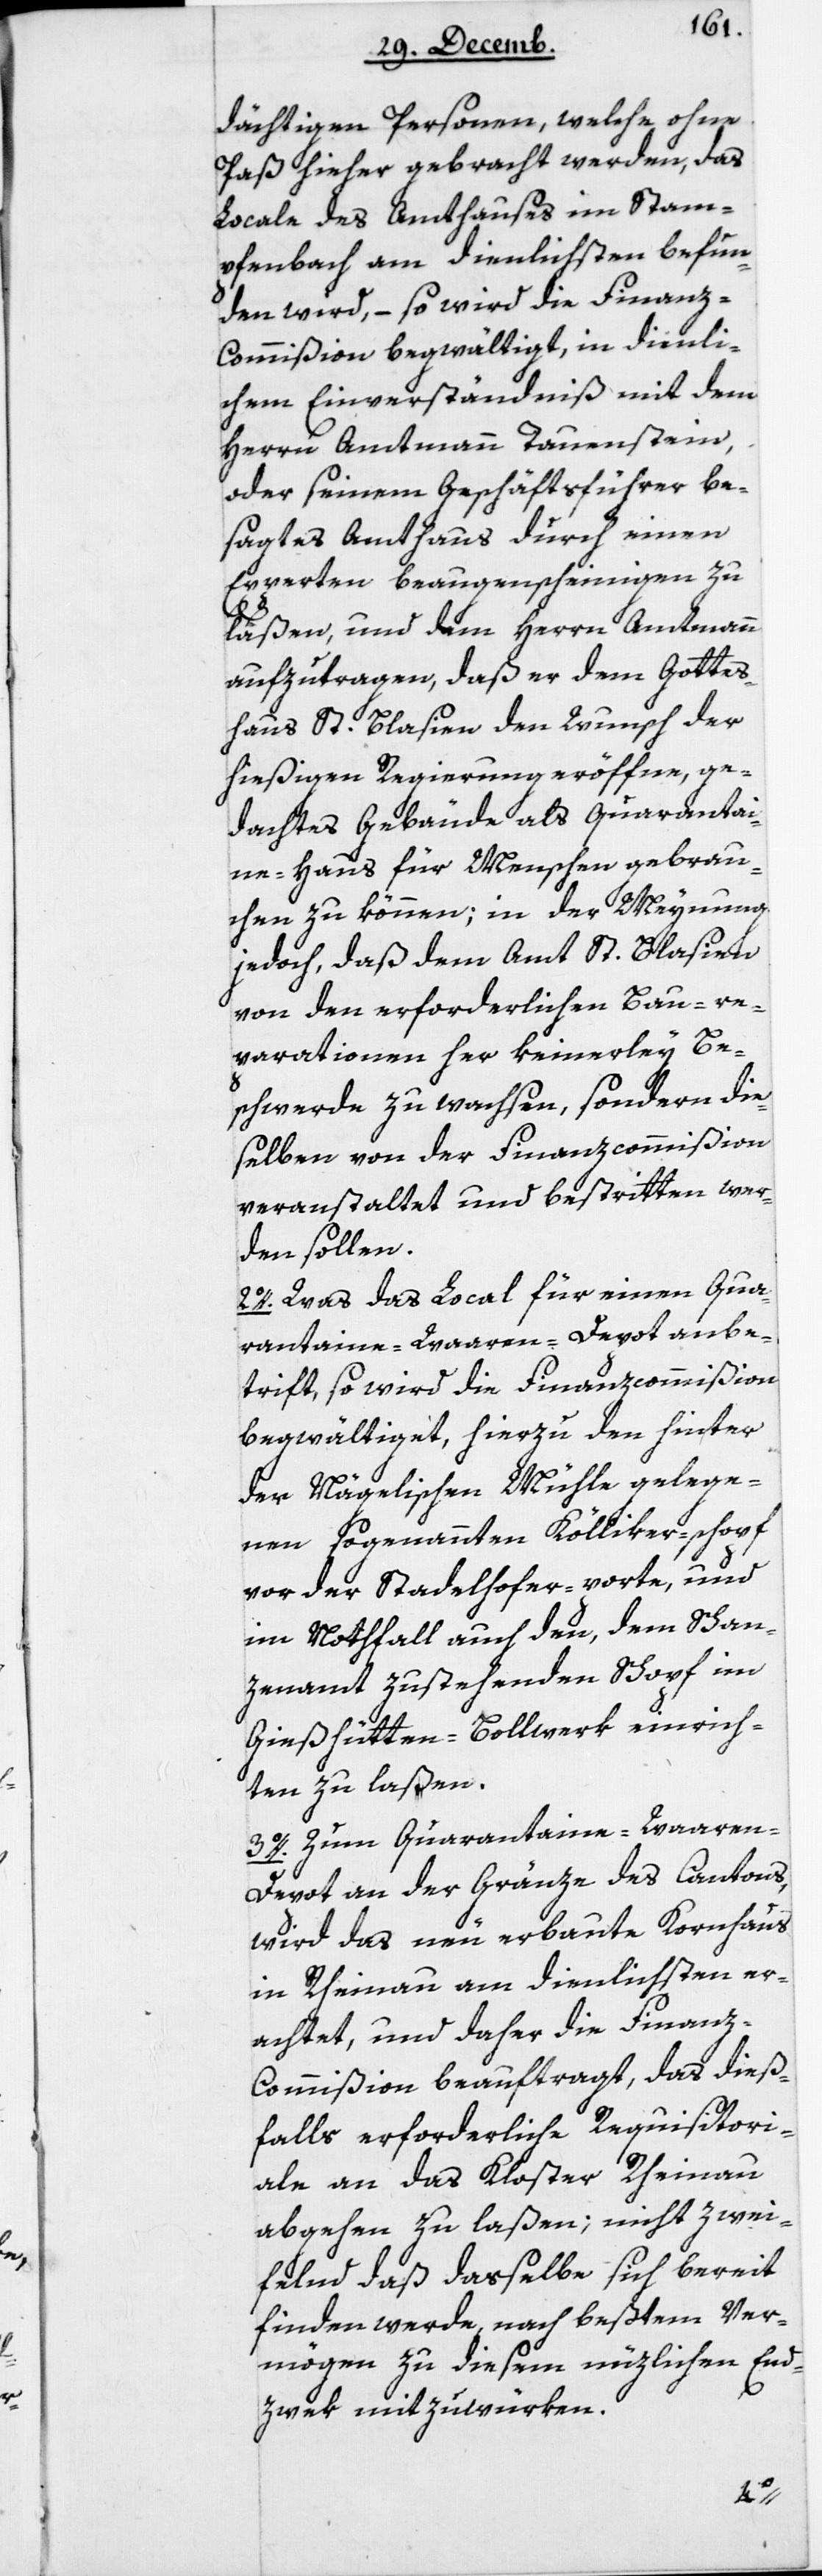
dächtigen Personen, welche ohne
Paß hieher gebracht werden, das
Locale des Amtshauses im Stam¬
pfenbach am dienlichsten befun¬
den wird, – so wird die Finanz-C¬
ommißion begwältigt, in dienli¬
chem Einverständniß mit dem
Herrn Amtmann Tauenstein,
oder seinem Geschäftsführer be¬
sagtes Amtshaus durch einen
Experten beaugenscheinigen zu
laßen, und dem Herrn Amtmann
aufzutragen, daß er dem Gottes¬
haus St. Blasien den Wunsch der
hießigen Regierung eröffne, ge¬
dachtes Gebäude als Quarantai¬
ne-Haus für Menschen gebrau¬
chen zu können; in der Meynung
jedoch, daß dem Amt St. Blasien
von den erforderlichen Bau-re¬
parationen her keinerley Be¬
schwerde zuwachsen, sondern die¬
selben von der Finanzcommißion
veranstaltet und bestritten wer¬
den sollen.
2. Was das Local für einen Qua¬
rantaine-Waaren-Depot anbe¬
trifft, so wird die Finanzcommißion
begwältiget, hierzu den hinter
der Nägelischen Mühle gelege¬
nen sogenannten Kölliker-schopf
vor der Stadelhofer-porte, und
im Notfall auch den, dem Schan¬
zenamt zustehenden Schopf im
Gießhütten-Bollwerk einrich¬
ten zu laßen.
3. Zum Quarantaine-Waaren-D¬
epot an der Grenze des Cantons,
wird das neu erbaute Kornhaus
in Rheinau am dienlichsten er¬
achtet, und daher die Finanz-C¬
ommißion beauftragt, das dieß¬
falls erforderliche Requisitori¬
ale an das Kloster Rheinau
abgehen zu laßen; nicht zwei¬
felnd, daß daßelbe sich bereit
finden werde, nach beßtem Ver¬
mögen zu diesem nützlichen End¬
zwek mitzuwürken.